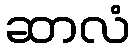
ဆာလံ